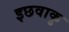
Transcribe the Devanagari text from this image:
इछवाकु